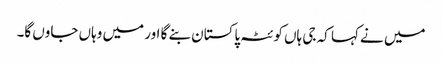
میں نے کہا کہ جی ہاں کوئٹہ پاکستان بنے گا اور میں وہاں جاوں گا۔